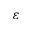
\varepsilon